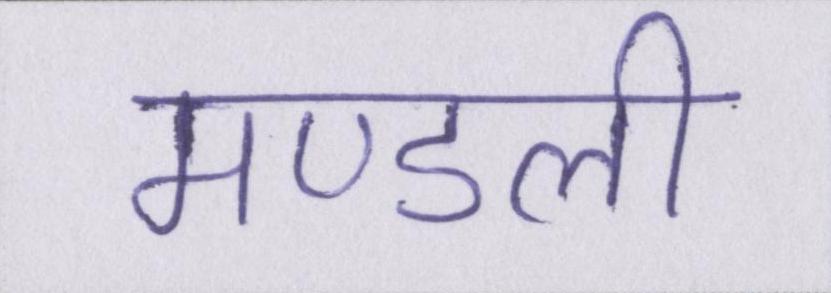
मण्डली